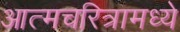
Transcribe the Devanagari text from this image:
आत्मचरित्रामध्ये